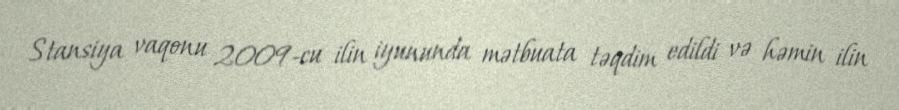
Stansiya vaqonu 2009-cu ilin iyununda mətbuata təqdim edildi və həmin ilin